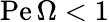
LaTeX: \mathrm{Pe}\, \Omega<1